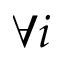
\forall i